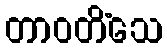
တာဝတိံသေ